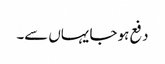
دفع ہو جا یہاں سے۔